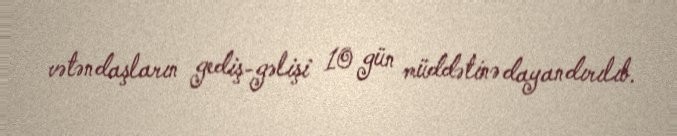
vətəndaşların gediş-gəlişi 10 gün müddətinə dayandırılıb.